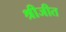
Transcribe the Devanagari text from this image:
श्रीजीत